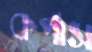
কর্পাস